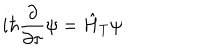
i \hbar \frac { \partial } { \partial \tau } \psi = \hat { H } _ { T } \psi